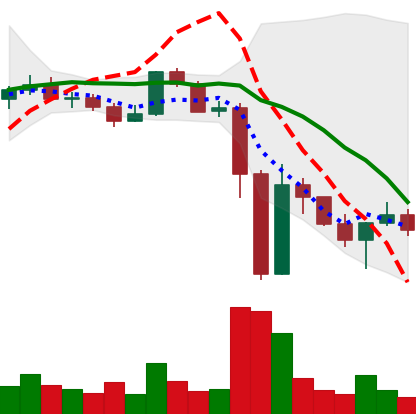
Ticker: XLM-USD
Chart end date: 2022-11-16
Forward return: -6.174%
Label: down_5_7